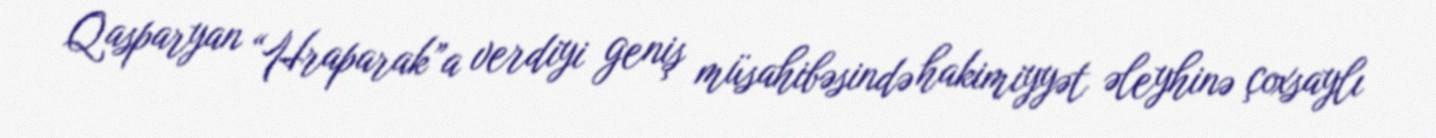
Qasparyan “Hraparak”a verdiyi geniş müsahibəsində hakimiyyət əleyhinə çoxsaylı